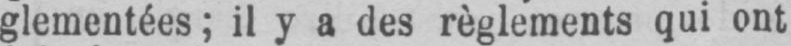
glementées; il y a des règlements qui ont